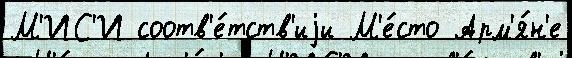
М'ИС'И соотв'е́тств'иjи М'е́сто Арм'я́н'е